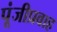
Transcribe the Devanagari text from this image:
पूंजीप्रवाह